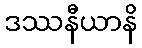
ဒဿနီယာနိ